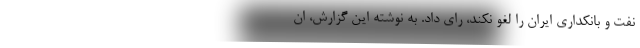
نفت و بانکداری ایران را لغو نکند، رای داد. به نوشته این گزارش، ان